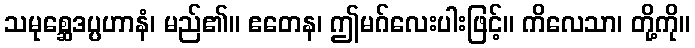
သမုစ္ဆေဒပ္ပဟာနံ၊ မည်၏။ ဧတေန၊ ဤမဂ်လေးပါးဖြင့်။ ကိလေသာ၊ တို့ကို။